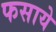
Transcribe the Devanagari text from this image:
फसाये